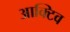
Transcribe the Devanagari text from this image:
आक्टिव